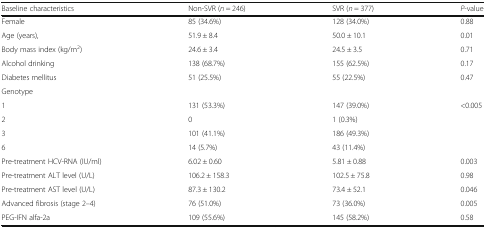
| Baseline characteristics | Non-SVR (n = 246) | SVR (n = 377) | P-value |
 | --- | --- | --- | --- |
 | Female | 85 (34.6%) | 128 (34.0%) | 0.88 |
 | Age (years), | 51.9 ± 8.4 | 50.0 ± 10.1 | 0.01 |
 | Body mass index (kg/m2) | 24.6 ± 3.4 | 24.5 ± 3.5 | 0.71 |
 | Alcohol drinking | 138 (68.7%) | 155 (62.5%) | 0.17 |
 | Diabetes mellitus | 51 (25.5%) | 55 (22.5%) | 0.47 |
 | <COLSPAN=4> Genotype |
 | 1 | 131 (53.3%) | 147 (39.0%) | <0.005 |
 | 2 | 0 | 1 (0.3%) |  |
 | 3 | 101 (41.1%) | 186 (49.3%) |  |
 | 6 | 14 (5.7%) | 43 (11.4%) |  |
 | Pre-treatment HCV-RNA (IU/ml) | 6.02 ± 0.60 | 5.81 ± 0.88 | 0.003 |
 | Pre-treatment ALT level (U/L) | 106.2 ± 158.3 | 102.5 ± 75.8 | 0.98 |
 | Pre-treatment AST level (U/L) | 87.3 ± 130.2 | 73.4 ± 52.1 | 0.046 |
 | Advanced fibrosis (stage 2–4) | 76 (51.0%) | 73 (36.0%) | 0.005 |
 | PEG-IFN alfa-2a | 109 (55.6%) | 145 (58.2%) | 0.58 |